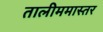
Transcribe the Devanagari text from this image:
तालीममास्तर